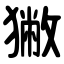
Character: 獙